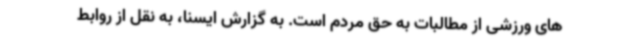
های ورزشی از مطالبات به حق مردم است. به گزارش ایسنا، به نقل از روابط